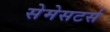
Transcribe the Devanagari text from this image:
सेमेसटर्स